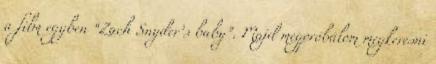
a film egyben “Zach Snyder’s baby”. Majd megpróbálom megkeresni